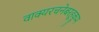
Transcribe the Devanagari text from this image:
वाक्यरचनेबरहूकूम